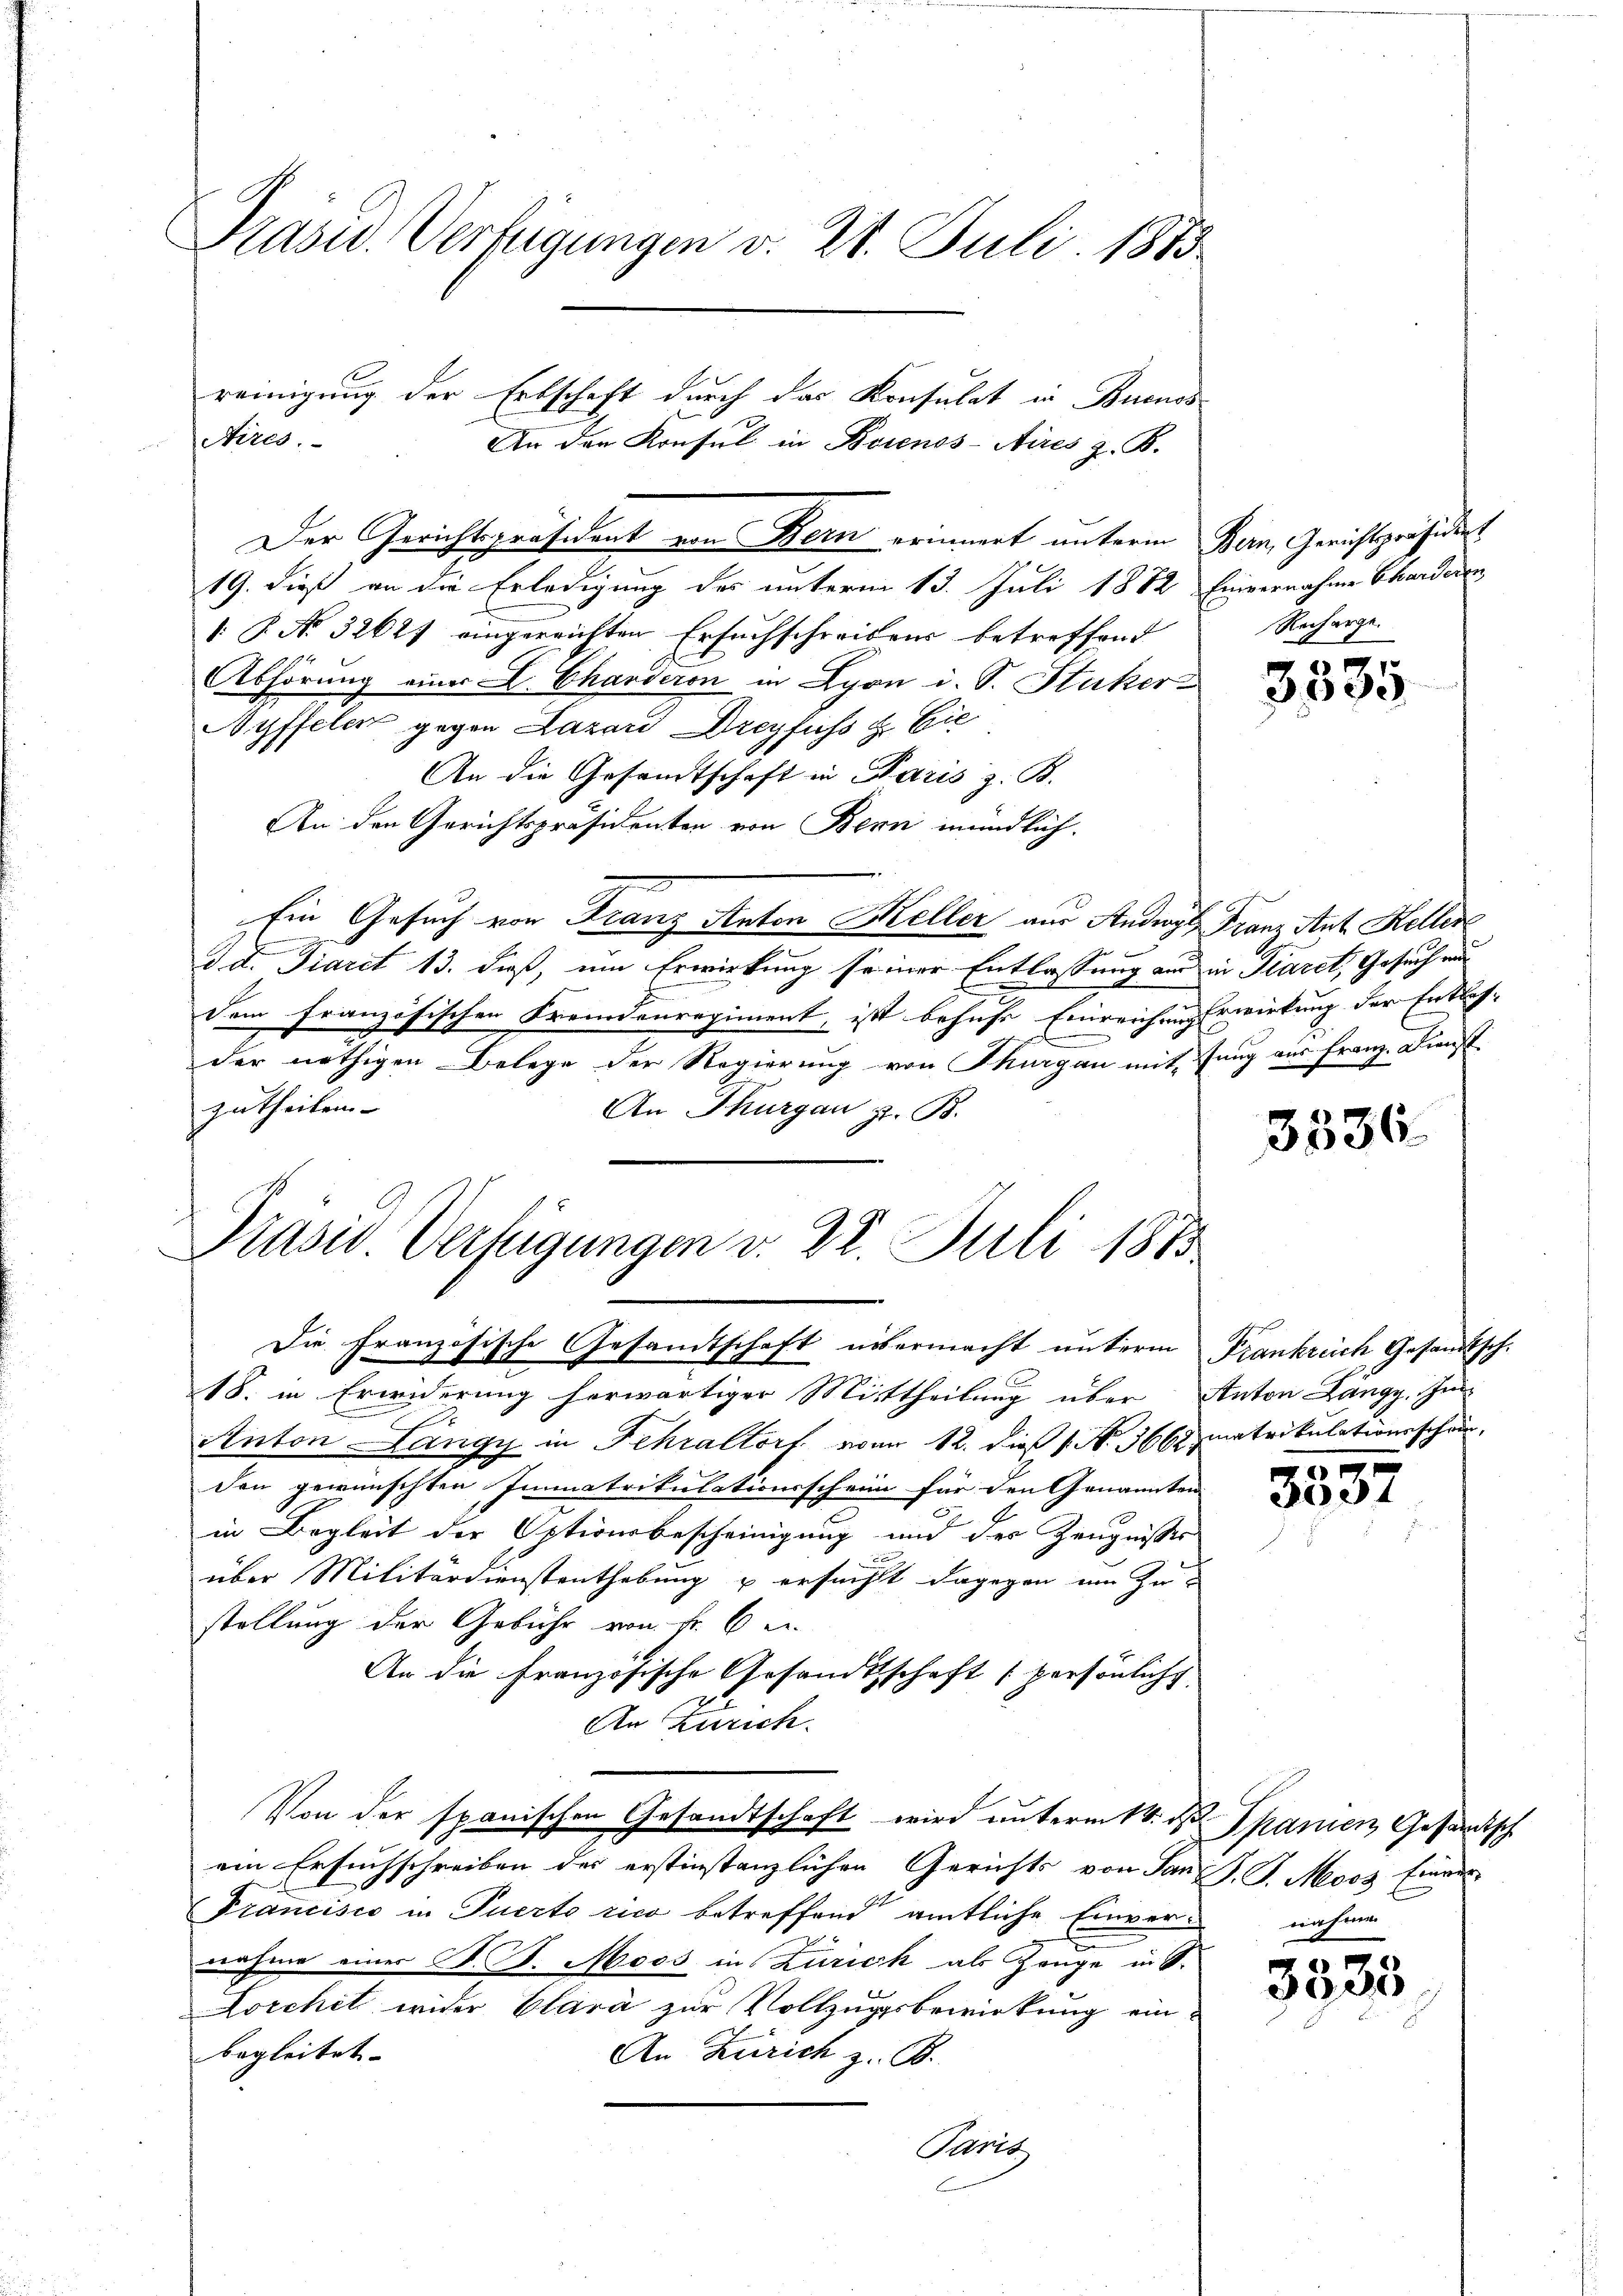
Prasw. Verfügungen v. 28. Juli 1883

reinigung der Erbschaft durch das Konsulat in Buenos¬
Nires.
An den Konsul in Beienos-Aires z. B.

Der Gerichtspräsident von Bern erinnert unterm Bern, Gerichtspräsident
19. dieß an die Erledigung des unterm 13. Juli 1882 Einvernahme Charderen
[: P. No 3262) eingereichten Ersuchschreibens betreffend
Abhörung einer L. Charderon in Lyon i. S. Stuker
Ayffelen gegen Lazar Dreyfuss z. Eie
An die Gesandtschaft in Paris z. B.
An den Gerichtspräsidenten von Bern mündlich.
Ein Gesuch von Franz Anton Keller aus Androgl Franz Ant. Kellen
d. d. Diarit 13. dieß, um Erwirkung seiner Entlassung aus in Pläret, Gesuch und
Dem französischen Fremdenregiment, ist behufe Einreichen Erwirkung der Entlasder nöthigen Belege der Regierung von Thurgau mit ung aus Franz. Dienst
zutheilen.
An Thurgau z. B.
Prasis Verfügungen d. 22. Juli 1873

Recharge.

Die Französische Gesandtschaft unsermacht unterm Frankreich Gesandtsch.
18. in Erwiderung herwärtiger Mittheilung über Anton Langy, In
Anton Längy in Fehraltorf von 12. die No. 366 matrikulationsschein,
den gewünschten Immatrikulationsschein für den Genannten
in Begleit der Optionsbescheinigung und der Zeugnisses
über Militärdienstenthebung u ersucht dagegen um Zustellung der Gebühr von Fr. 6 u.
An die Französische Gesandtschaft persönliche
An Zürich.
Von der spanischen Gesandtschaft wird unterm 16. d. Spanien Gesandtsch
ein Ersuchschreiben des erstinstanzlichen Gerichts von Jan. J. J. Moos Erneur
Francisco in Querto rico betreffend amtliche Einvernahme
nahme einer B. P. Moos in Zurick als Zeuge in S.
Lorchet wider Clara zur Vollzugsbewirkung einbegleitet.
An Zürich z. B.
Paris

3335

3336.

od

3535